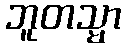
ဘူတသ္မာ